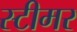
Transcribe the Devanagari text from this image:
स्‍टीमर